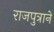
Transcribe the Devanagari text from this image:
राजपुत्राने